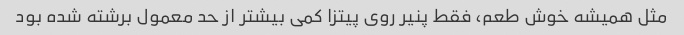
مثل همیشه خوش طعم، فقط پنیر روی پیتزا کمی بیشتر از حد معمول برشته شده بود